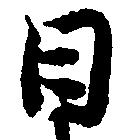
日